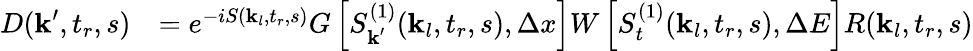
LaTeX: \begin{array}{rl}{D(\textbf{k}^{\prime},t_{r},s)}&{=e^{-iS(\textbf{k}_{l},t_{r},s)}G\left[S_{\textbf{k}^{\prime}}^{(1)}(\textbf{k}_{l},t_{r},s),\Delta x\right]W\left[S_{t}^{(1)}(\textbf{k}_{l},t_{r},s),\Delta E\right]R(\textbf{k}_{l},t_{r},s)}\end{array}